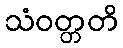
သံဝတ္တတိ